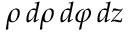
\rho \, d \rho \, d \varphi \, d z